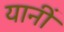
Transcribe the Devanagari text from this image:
यानीं